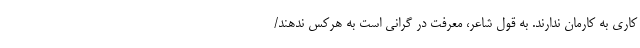
کاری به کارمان ندارند. به قول شاعر، معرفت دُر گرانی است به هرکس ندهند/